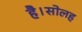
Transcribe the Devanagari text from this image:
है।सोलह